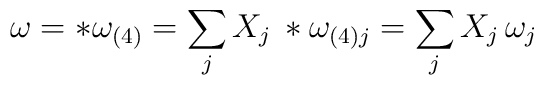
\omega = *\omega_{(4)} = \sum_j X_j \, *\omega_{(4)j} =\sum_j X_j \, \omega_j